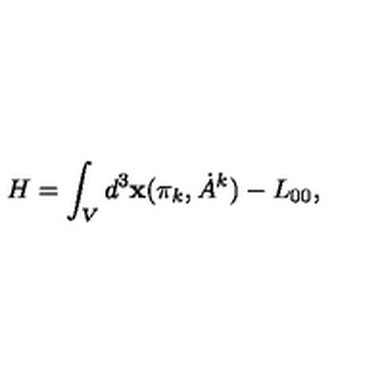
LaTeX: H = \int _ { V } d ^ { 3 } { \bf x } ( \pi _ { k } , \dot { A } ^ { k } ) - L _ { 0 0 } ,